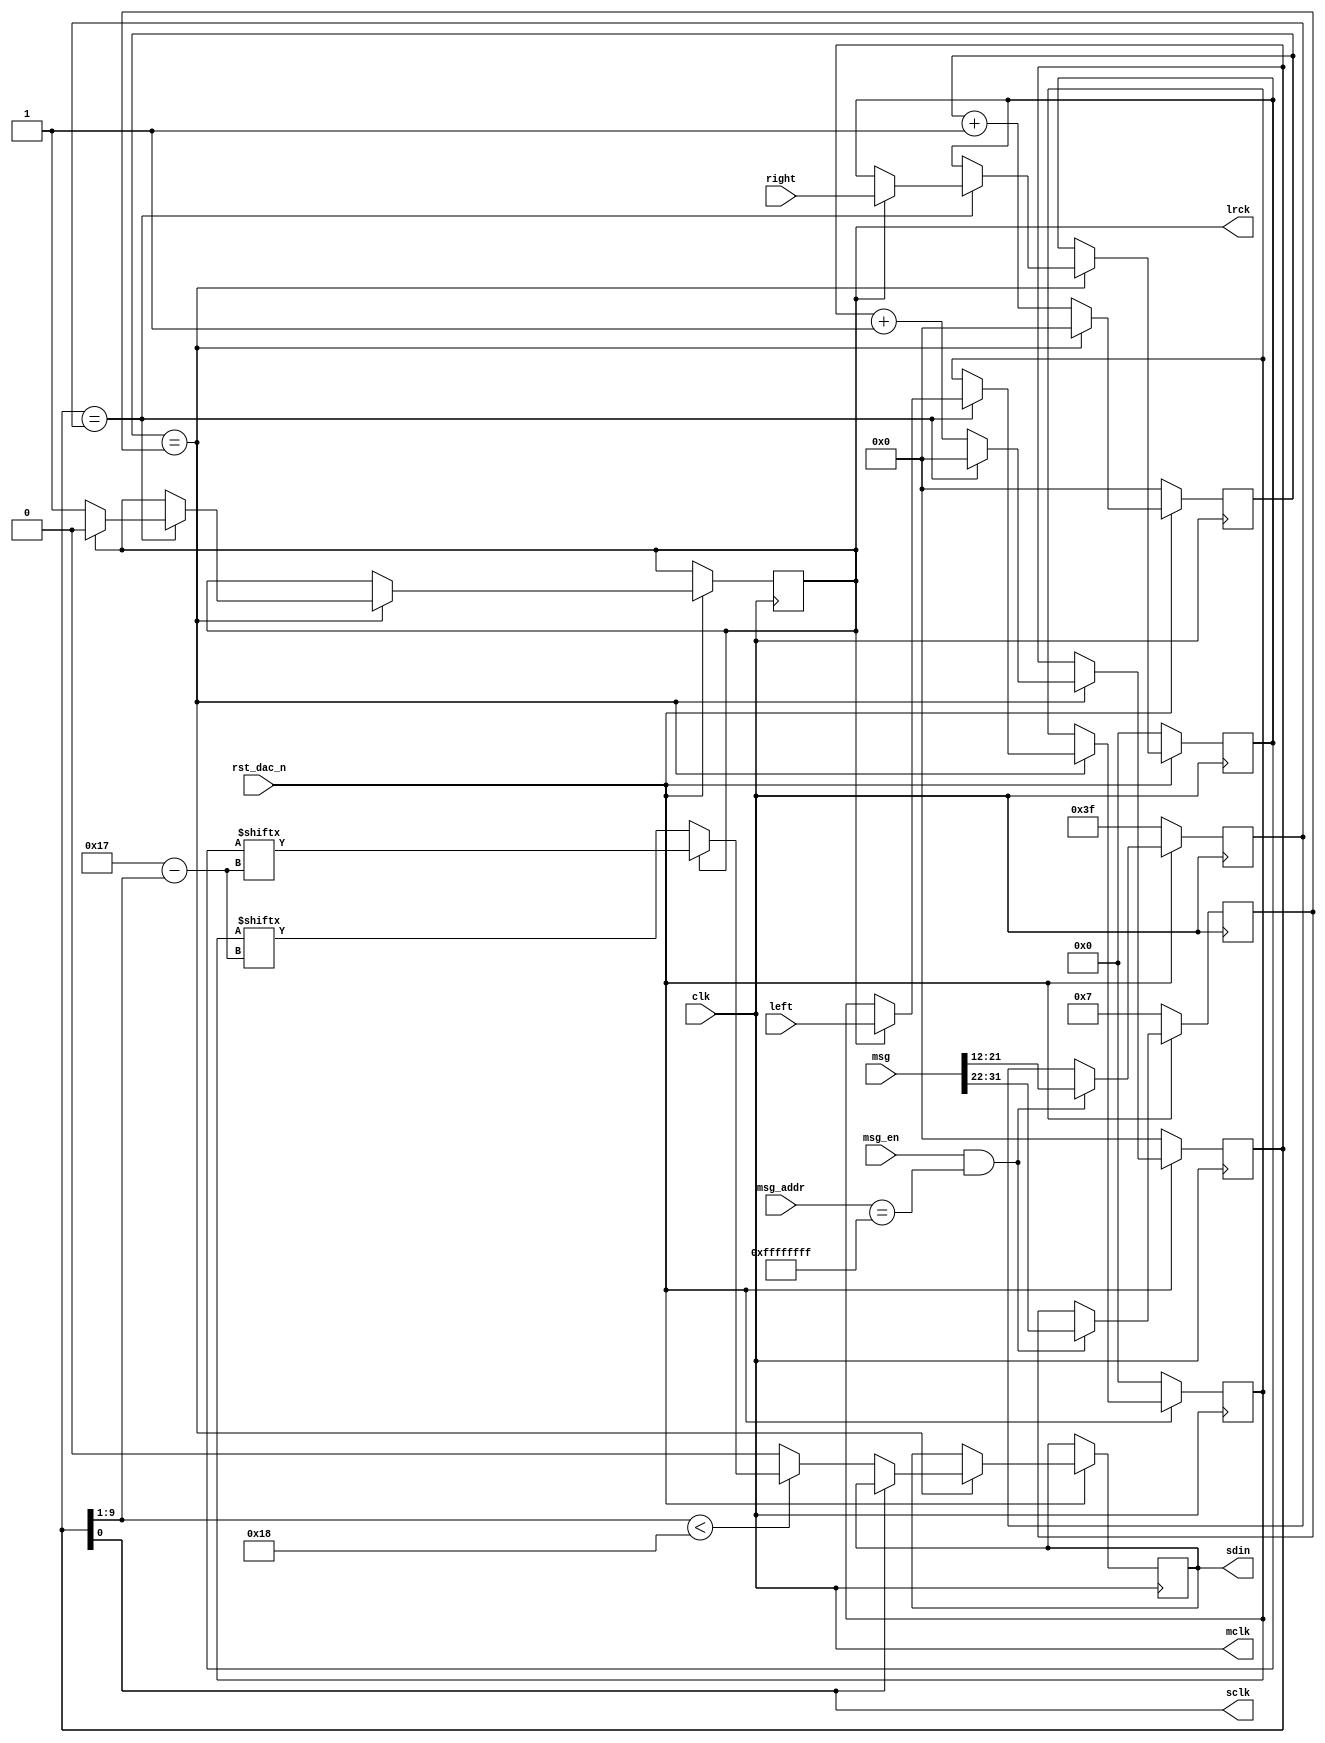
// SPDX-License-Identifier: MIT
// SPDX-FileCopyrightText: 2021 Tamas Hubai

`default_nettype none

// interface an i2c DAC chip (tested with CS4344)

module dac (
   input clk,           // hardware clock
   input rst_dac_n,     // reset, active low
   input signed [23:0] left,  // sample on left channel, synced to mclk
   input signed [23:0] right, // sample on right channel, synced to mclk
   input msg_en,           // incoming configuration message
   input [31:0] msg_addr,  // addressed to DAC if msg_addr is -1
   input [31:0] msg,       // contains mclk_div and sclk_div
   output mclk,         // i2c master clock
   output sclk,         // i2c bit clock
   output lrck,         // i2c left-right clock
   output sdin          // i2c output bit
);

reg [9:0] mclk_div;     // (mclk to sclk divisor) / 2 - 1
reg [9:0] sclk_div;     // (sclk to lrck divisor) / 2 - 1
reg [9:0] mctr;         // mclk division counter
reg [9:0] sctr;         // sclk division counter
reg lrsel;              // left-right selector
reg [23:0] lsamp;       // left sample, saved on lrck
reg [23:0] rsamp;       // right sample, saved on lrck
reg cbit;               // register for i2c output bit

wire [8:0] sidx = sctr[9:1];  // i2c output bit index (valid for 0..23, send zero bit if >23)

assign mclk = clk;
assign sclk = sctr[0];
assign lrck = lrsel;

always @ (posedge mclk) begin
   if (!rst_dac_n) begin
      mclk_div <= 10'd7;
      sclk_div <= 10'd63;
   end else begin
      if (msg_en && (msg_addr == ~32'b0)) begin
         mclk_div <= msg[31:22];
         sclk_div <= msg[21:12];
      end   
   end
end

always @ (posedge mclk) begin
   if (!rst_dac_n) begin
      mctr <= 0;
      sctr <= 0;
      lsamp <= 0;
      rsamp <= 0;
   end else begin
      if (mctr == mclk_div) begin  // mctr wraps around, sclk flips
         mctr <= 0;
         if (!sclk) begin   // sync to sclk positive edge
            if (sidx < 24) begin
               if (!lrck) cbit <= lsamp[23-sidx];  // valid bit index on left channel
               else       cbit <= rsamp[23-sidx];  // valid bit index on right channel          
            end else      cbit <= 0;               // invalid bit index (>23)
         end
         if (sctr == sclk_div) begin  // sctr wraps around
            sctr <= 0;
            if (lrsel) begin  // save next sample
               lrsel <= 1'b0;
               lsamp <= left;
               rsamp <= right;
            end else begin
               lrsel <= 1'b1;
            end
         end else begin
            sctr <= sctr + 10'b1;
         end
      end else begin
         mctr <= mctr + 10'b1;
      end
   end
end
   
assign sdin = cbit;

endmodule

`default_nettype wire